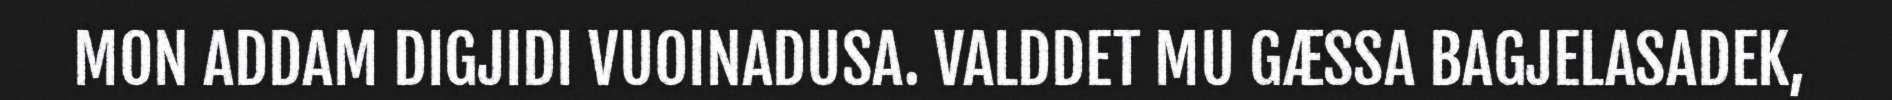
MON ADDAM DIGJIDI VUOINADUSA. VALDDET MU GÆSSA BAGJELASADEK,